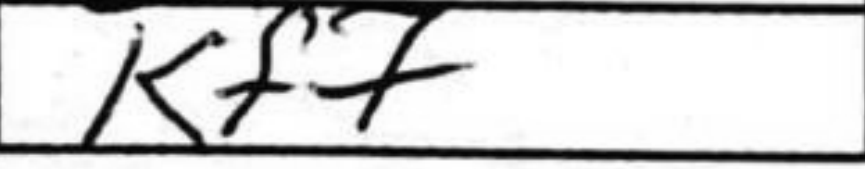
Transcription: Kf7